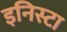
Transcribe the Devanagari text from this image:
इनिस्टा